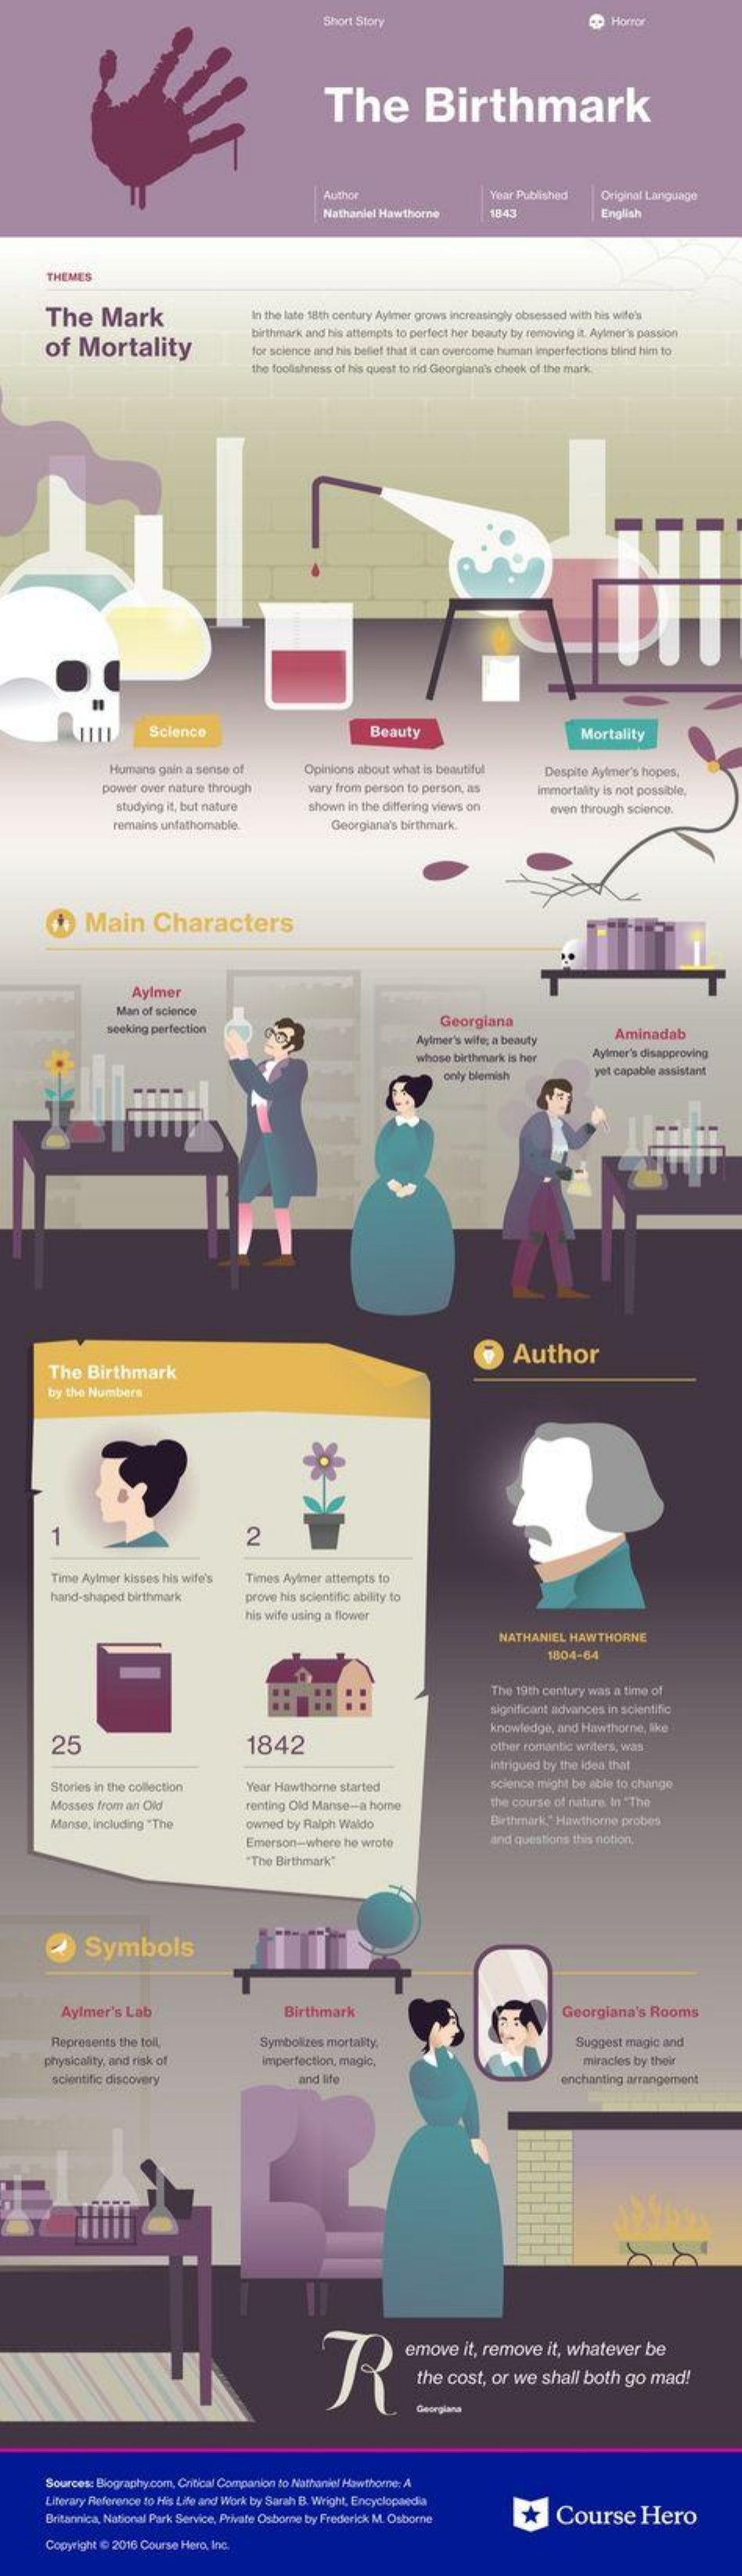
Short Story    Horror
     The    Birthmark
     Author    Year Published Original Language
     Nathaniel Hawthorne 1843    English
     THEMES
     The  Mark    In the late 18th century Aylmer grows increasingly obsessed with his wife'ss
     of Mortality
     birthmark and his attempts to perfect her beauty by removing it. Ayler's passion
     for science and his belief that it can overcome human imperfections blind him to
     the foolishness of his quest to rid Georgiana's cheek of the mark.
     Science    Beauty    Mortality
     Humans gain a sense of Opinions about what is beautiful Despite Aylmer's hopes,
     power over nature through vary from person to person, as immortality is not possible,
     studying it, but nature Shown in the differing views on
     remains unfathomable.    Georgiana's birthmark.
     even through science.
     Main    Characters
     Aylmer
     Man of science
     seeking perfection
     Georgiana
     Ayimer's wife; a beauty Aminadab
     whose birthmark is her Aylmer's disapproving
     only blemish    yet capable assistant
     Author
     The Birthmark
     by the Numbers
     2
     Time Aylmer kisses his wife's Times Ayimer attempts to
     hand-shaped birthmark prove his scientific ability to
     his wife using a flower
     NATHANIEL HAWTHORNE
     1804-64
     The 19th century was a time of
     significant advances in scientific
     25    1842
     knowledge, and Hawthorne, like
     other romantic writers, was
     intrigued by the idea that
     Stories in the collection Year Hawthorne started  science might be able to change
     Mosses from an Old    renting Old Manse -- a home the course of nature. In -The
     Manse, including "The  owned by Ralph Waldo    Birthmark," Hawthorne probes
     Emerson-where he wrote    and questions this notion.
     "The Birthmark"
     Symbols
     Aylmer's Lab    Birthmark    Georgiana's Rooms
     Represents the toll,    Symbolizes mortality,    Suggest magic and
     physicality, and risk of imperfection, magic,    miracles by their
     scientific discovery    and life    enchanting arrangement
     R
     emove it, remove it, whatever be
     the cost, or we shall both go mad!
     Sources: Biography.com, Critical Companion to Nathaniel Hawthorne: A
     Literary Reference to His Life and Work by Sarah B. Wright, Encyclopaedia
     Britannica, National Park Service, Private Osborne by Frederick M. Osbome * Course Hero
     Copyright @ 2016 Course Hero, Inc.